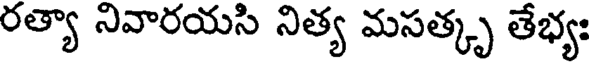
రత్యా నివారయసి నిత్య మసత్కృ తేభ్యః